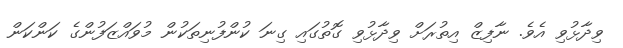
ވިދާޅުވި އެވެ. ނާފިޒް އިތުރަށް ވިދާޅުވި ގޮތުގައި ގިނަ ކުންފުނިތަކުން މުވައްޒަފުންގެ ކަންކަން